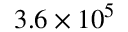
3 . 6 \times 1 0 ^ { 5 }